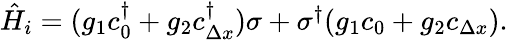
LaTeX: \begin{array}{r}{\hat{H}_{i}=(g_{1}c_{0}^{\dagger}+g_{2}c_{\Delta x}^{\dagger})\sigma+\sigma^{\dagger}(g_{1}c_{0}+g_{2}c_{\Delta x}).}\end{array}